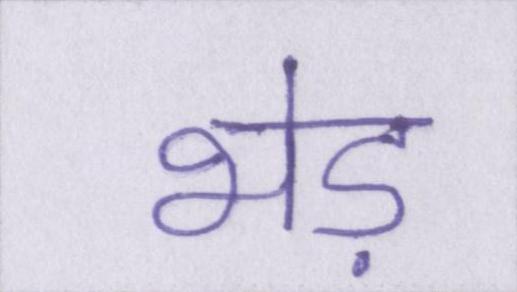
भेड़